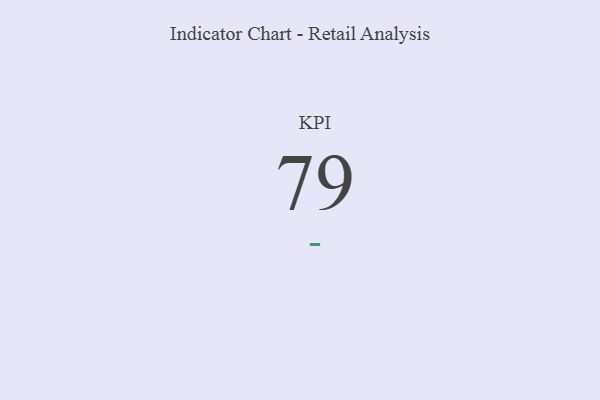
{"axis": {"x": "KPI", "y": "Value"}, "legend": [""], "data": [{"x": "KPI", "y": 79, "type": ""}]}